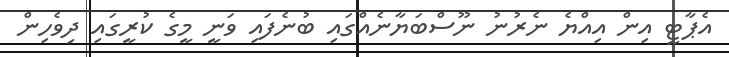
އެޕާޓީ އިން އިއްޔެ ނެރުނު ނޫސްބަޔާނެއްގައި ބުނެފައި ވަނީ މީގެ ކުރީގައި ދިވެހިން